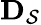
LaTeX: {\mathbf D}_{\mathcal{S}}